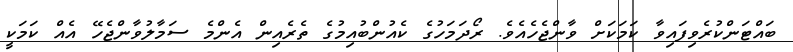
ބައްޓަންކުރެވިފައިވާ ކަމަކަށް ވާންޖެހެއެވެ. ރޯދަމަހުގެ ކެއުންބުއިމުގެ ތެރެއިން އެންމެ ސަމާލުވާންޖެހޭ އެއް ކަމަކީ